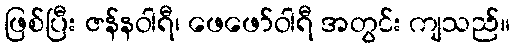
ဖြစ်ပြီး ဇန်နဝါရီ၊ ဖေဖော်ဝါရီ အတွင်း ကျသည်။